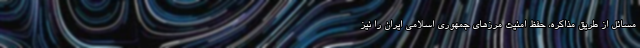
مسائل از طریق مذاکره، حفظ امنیت مرزهای جمهوری اسلامی ایران را نیز